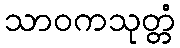
သာဝကသုတ္တံ